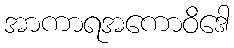
အာကာရအကောဝိဒေါ